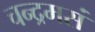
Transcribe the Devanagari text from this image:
चन्द्रमसं